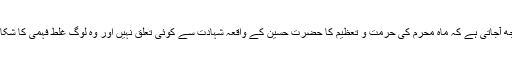
حجة الوداع کے موقع پر نبی کریم
صلی اللہ علیہ وسلم کے اس فرمان سے یہ بات از خود سمجھ آجاتی ہے کہ ماہِ محرم کی حرمت و تعظیم کا حضرت حسین کے واقعہ شہادت سے کوئی تعلق نہیں اور وہ لوگ غلط فہمی کا شکار ہیں جو اس مہینے کی حرمت کی کڑیاں واقعہ کربلا اور
شہادتِ حسین رضی اللہ عنہ سے ملاتے ہیں۔